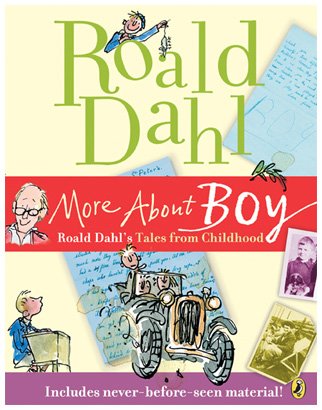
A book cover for More About Boy; Roald Dahl; Children's Books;